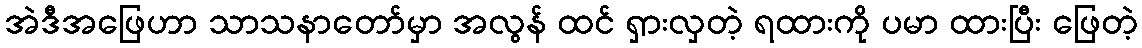
အဲဒီအဖြေဟာ သာသနာတော်မှာ အလွန် ထင် ရှားလှတဲ့ ရထားကို ပမာ ထားပြီး ဖြေတဲ့